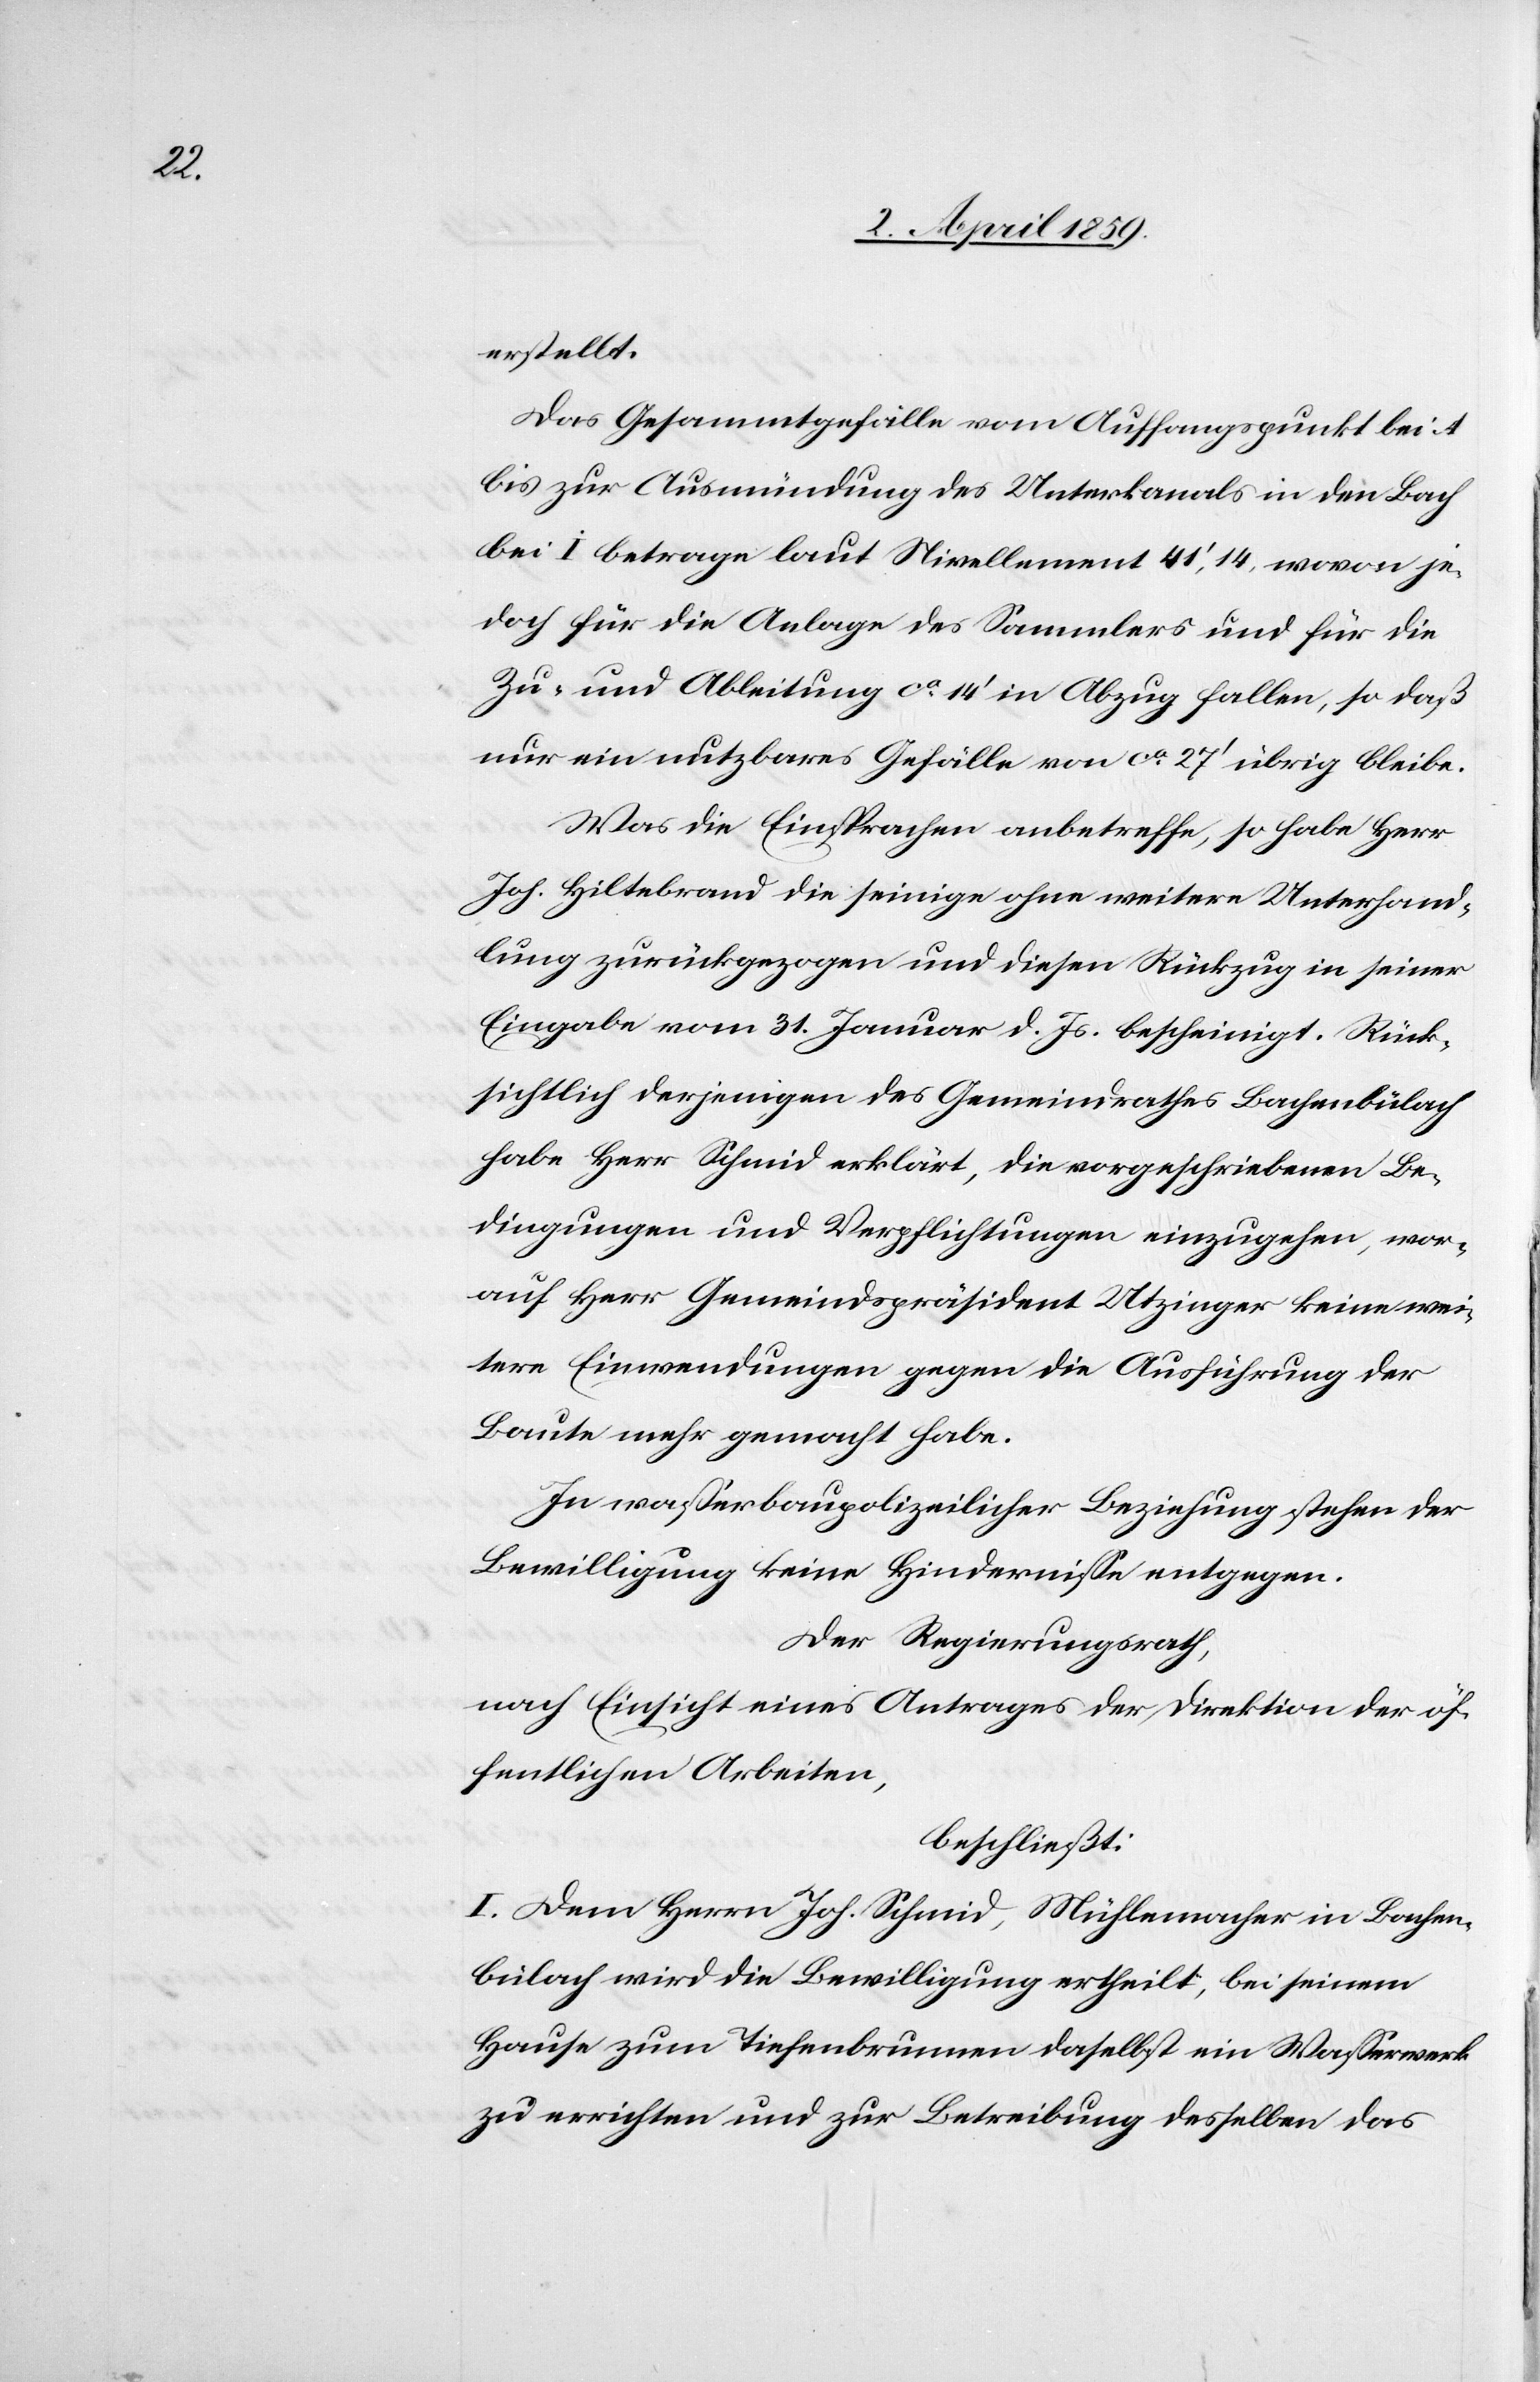
erstellt.
Das Gesammtgefälle vom Auffangspunkt bei A
bis zur Ausmündung des Unterkanals in den Bach
bei I betrage laut Nivellement 41‘,14, wovon je¬
doch für die Anlage des Sammlers und für die
Zu- und Ableitung ca 14‘ in Abzug fallen, so daß
nur ein nutzbares Gefälle von ca 27‘ übrig bleibe.
Was die Einsprachen anbetreffe, so habe Herr
Joh. Hiltebrand die seinige ohne weitere Unterhand¬
lung zurückgezogen und diesen Rückzug in seiner
Eingabe vom 31. Januar d. Js. bescheinigt. Rück¬
sichtlich derjenigen des Gemeindrathes Bachenbülach
habe Herr Schmid erklärt, die vorgeschriebenen Be¬
dingungen und Verpflichtungen einzugehen, wor¬
auf Herr Gemeindspräsident Utzinger keine wei¬
tern Einwendungen gegen die Ausführung der
Baute mehr gemacht habe.
In waßerbaupolizeilicher Beziehung stehen der
Bewilligung keine Hinderniße entgegen.
Der Regierungsrath,
nach Einsicht eines Antrages der Direktion der öf¬
fentlichen Arbeiten,
beschließt:
I. Dem Herrn Joh. Schmid, Mühlemacher in Bachen¬
bülach wird die Bewilligung ertheilt, bei seinem
Hause zum Tiefenbrunnen daselbst ein Waßerwerk
zu errichten und zur Betreibung desselben das